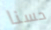
حسنا